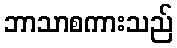
ဘာသာစကားသည်